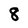
Character: 8